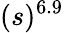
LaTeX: (s)^{6.9}